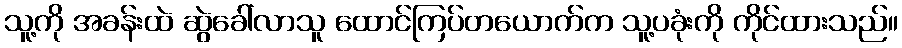
သူ့ကို အခန်းထဲ ဆွဲခေါ်လာသူ ထောင်ကြပ်တယောက်က သူ့ပခုံးကို ကိုင်ထားသည်။